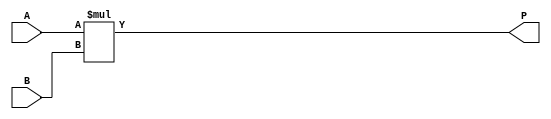
module MultiplierOperator (
    input signed [31:0] A,
    input signed [31:0] B,
      output signed  [63:0] P 

);

    assign P= A*B;

endmodule